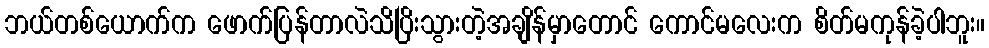
ဘယ်တစ်ယောက်က ဖောက်ပြန်တာလဲသိပြိးသွားတဲ့အချိန်မှာတောင် ကောင်မလေးက စိတ်မကုန်ခဲ့ပါဘူး။